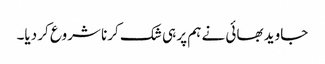
جاوید بھائی نے ہم پر ہی شک کرنا شروع کر دیا۔